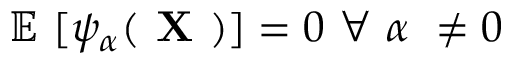
\mathbb { E } ~ [ \psi _ { \alpha } ( \textbf { X } ) ] = 0 ~ \forall ~ \alpha ~ \neq 0